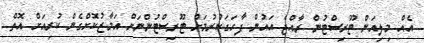
އެއް މިލިއަން ޓޫރިސްޓުން ރާއްޖެ އައުން ފާހަގަކުރުމަށް ޓޫރިސްޓުންނަށް އަމާޒުކޮށްގެން ކުރިއަށް އޮތް